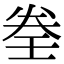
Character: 𡔨